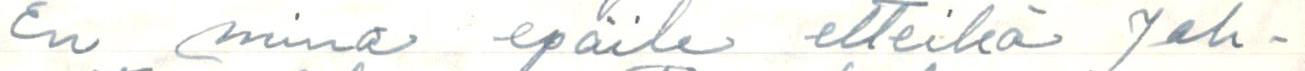
En minä epäile etteikö Jeh-